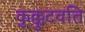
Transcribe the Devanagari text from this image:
कुक्कुटवति